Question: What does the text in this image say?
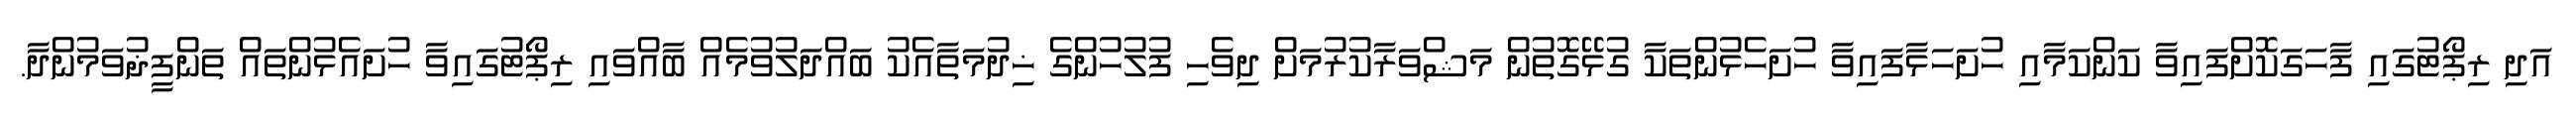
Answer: އަދި ރިޕޯޓުގައި ފާހަގަކޮށްފައިވާ ކަންކަމާއި ހުށަހަޅާފައިވާ ހުށަހެޅުންތަކާ ގުޅޭގޮތުން މަޝްވަރާކުރުމަށް ދިވެހި ފުލުހުންގެ ޚިދުމަތާއެކު ބައްދަލުވުމެއް ބާއްވައި ރިޕޯޓުގައިވާ ހުށައެޅުންތައް ތަންފީޛުވަމުންދާ.